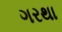
ગરથા